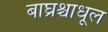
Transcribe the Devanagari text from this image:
बाघ्रश्चाधूल